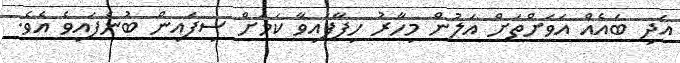
އަދި ބައެއް އަވަށްތަށް އަލުން މިހާރު ހިފާފައިވާ ކަމަށް ސިފައިން ބުނެފައިވެ އެވެ.